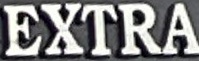
EXTRA